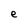
Character: e